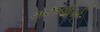
ગઝલોએ